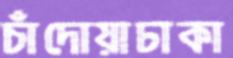
চাঁদোয়াঢাকা